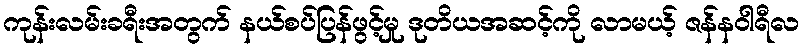
ကုန်းလမ်းခရီးအတွက် နယ်စပ်ပြန်ဖွင့်မှု ဒုတိယအဆင့်ကို လာမယ့် ဇန်နဝါရီလ